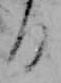
る